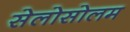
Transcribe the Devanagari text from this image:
सेलोसोलम